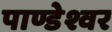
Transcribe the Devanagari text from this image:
पाण्डेश्वर